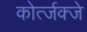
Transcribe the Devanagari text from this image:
कोर्त्जक्जे